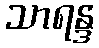
သာရန္ဒ